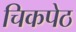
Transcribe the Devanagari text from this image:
चिकपेठ